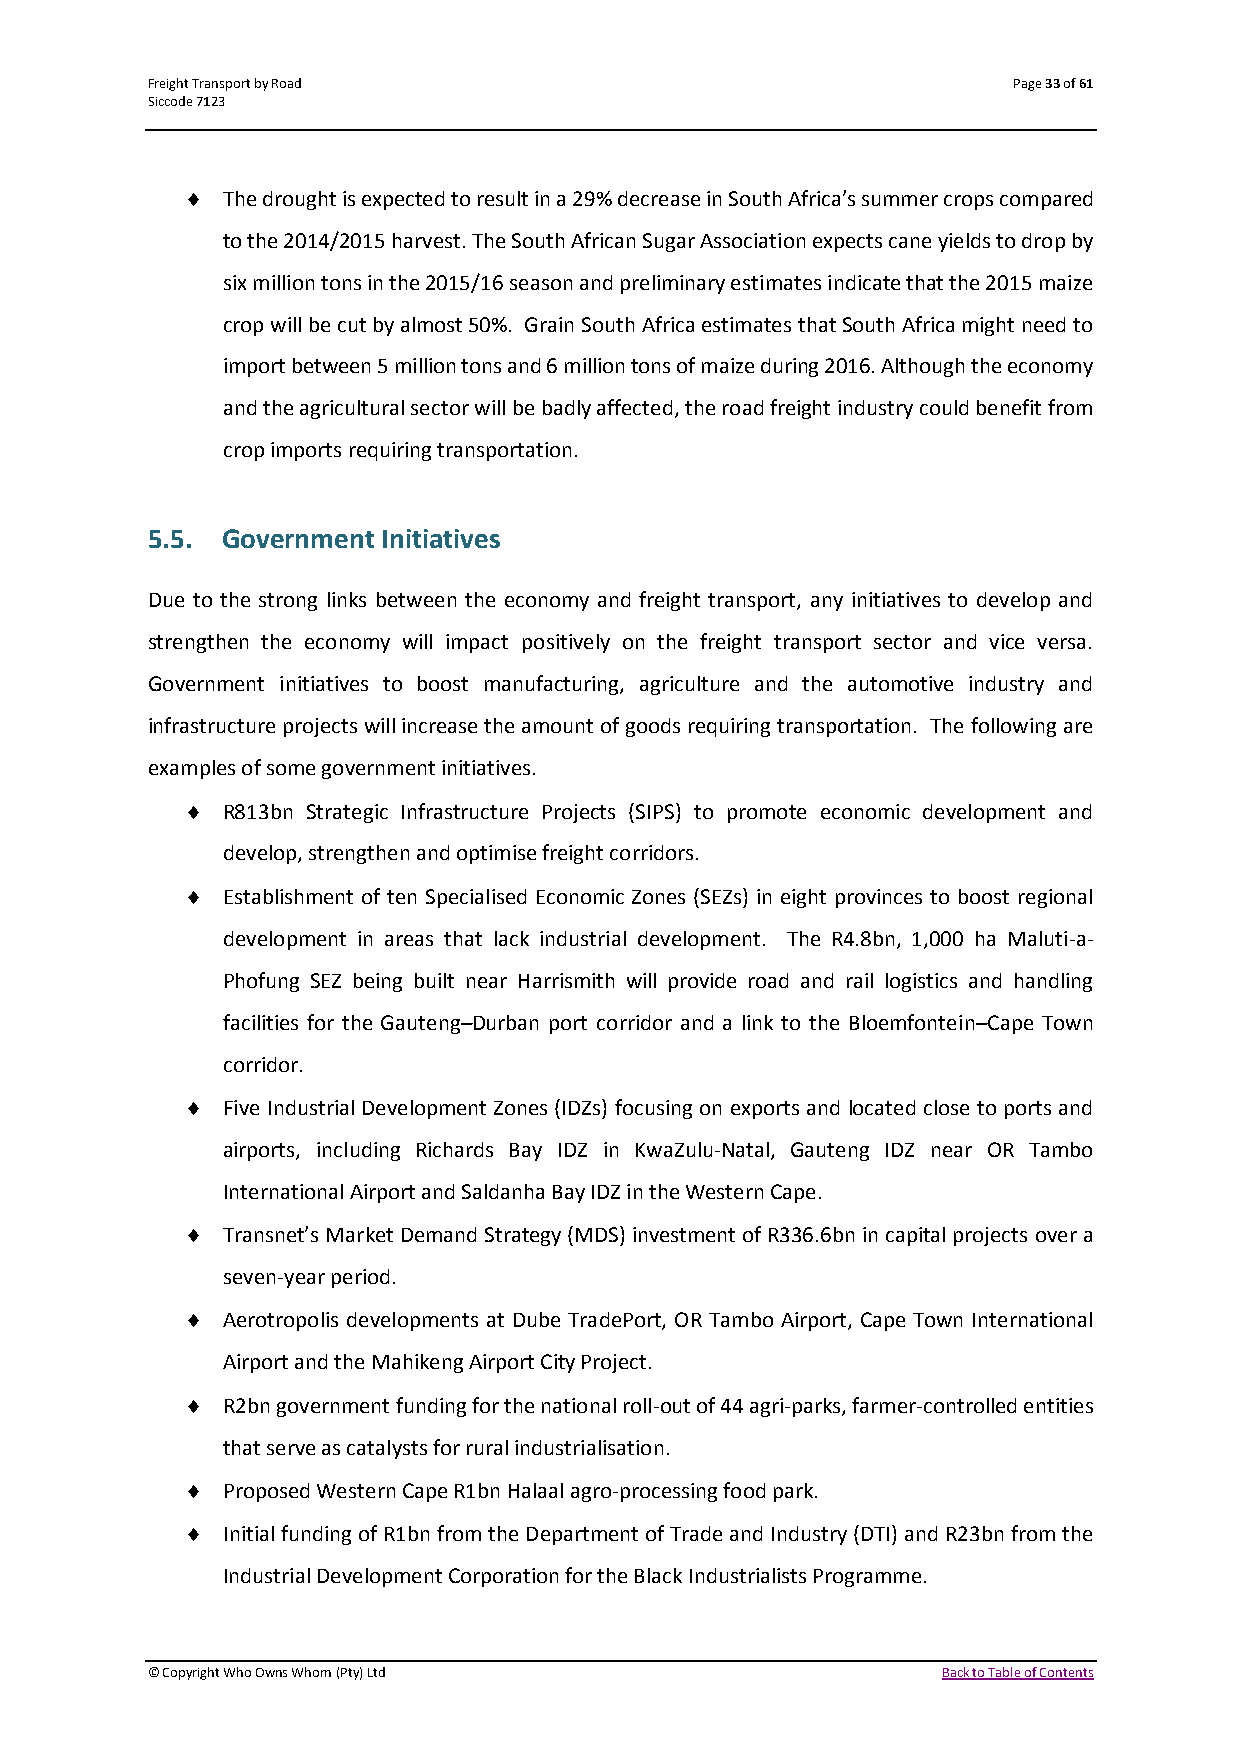
Freight Transport by Road                                Page 33 of 61
 Siccode 7123
   The drought is expected to result in a 29% decrease in South Africa’s summer crops compared
 to the 2014/2015 harvest. The South African Sugar Association expects cane yields to drop by
 six million tons in the 2015/16 season and preliminary estimates indicate that the 2015 maize
 crop will be cut by almost 50%. Grain South Africa estimates that South Africa might need to
 import between 5 million tons and 6 million tons of maize during 2016. Although the economy
 and the agricultural sector will be badly affected, the road freight industry could benefit from
 crop imports requiring transportation.
 5.5. Government Initiatives
 Due to the strong links between the economy and freight transport, any initiatives to develop and
 strengthen the economy will impact positively on the freight transport sector and vice versa.
 Government initiatives to boost manufacturing, agriculture and the automotive industry and
 infrastructure projects will increase the amount of goods requiring transportation. The following are
 examples of some government initiatives.
   R813bn Strategic Infrastructure Projects (SIPS) to promote economic development and
 develop, strengthen and optimise freight corridors.
   Establishment of ten Specialised Economic Zones (SEZs) in eight provinces to boost regional
 development in areas that lack industrial development. The R4.8bn, 1,000 ha Maluti-a-
 Phofung SEZ being built near Harrismith will provide road and rail logistics and handling
 facilities for the Gauteng–Durban port corridor and a link to the Bloemfontein–Cape Town
 corridor.
   Five Industrial Development Zones (IDZs) focusing on exports and located close to ports and
 airports, including Richards Bay IDZ in KwaZulu-Natal, Gauteng IDZ near OR Tambo
 International Airport and Saldanha Bay IDZ in the Western Cape.
   Transnet’s Market Demand Strategy (MDS) investment of R336.6bn in capital projects over a
 seven-year period.
   Aerotropolis developments at Dube TradePort, OR Tambo Airport, Cape Town International
 Airport and the Mahikeng Airport City Project.
   R2bn government funding for the national roll-out of 44 agri-parks, farmer-controlled entities
 that serve as catalysts for rural industrialisation.
   Proposed Western Cape R1bn Halaal agro-processing food park.
   Initial funding of R1bn from the Department of Trade and Industry (DTI) and R23bn from the
 Industrial Development Corporation for the Black Industrialists Programme.
 © Copyright Who Owns Whom (Pty) Ltd                 Back to Table of Contents